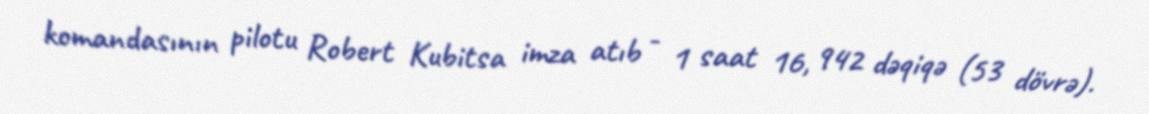
komandasının pilotu Robert Kubitsa imza atıb - 1 saat 16, 942 dəqiqə (53 dövrə).